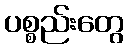
ပစ္စည်းတွေ